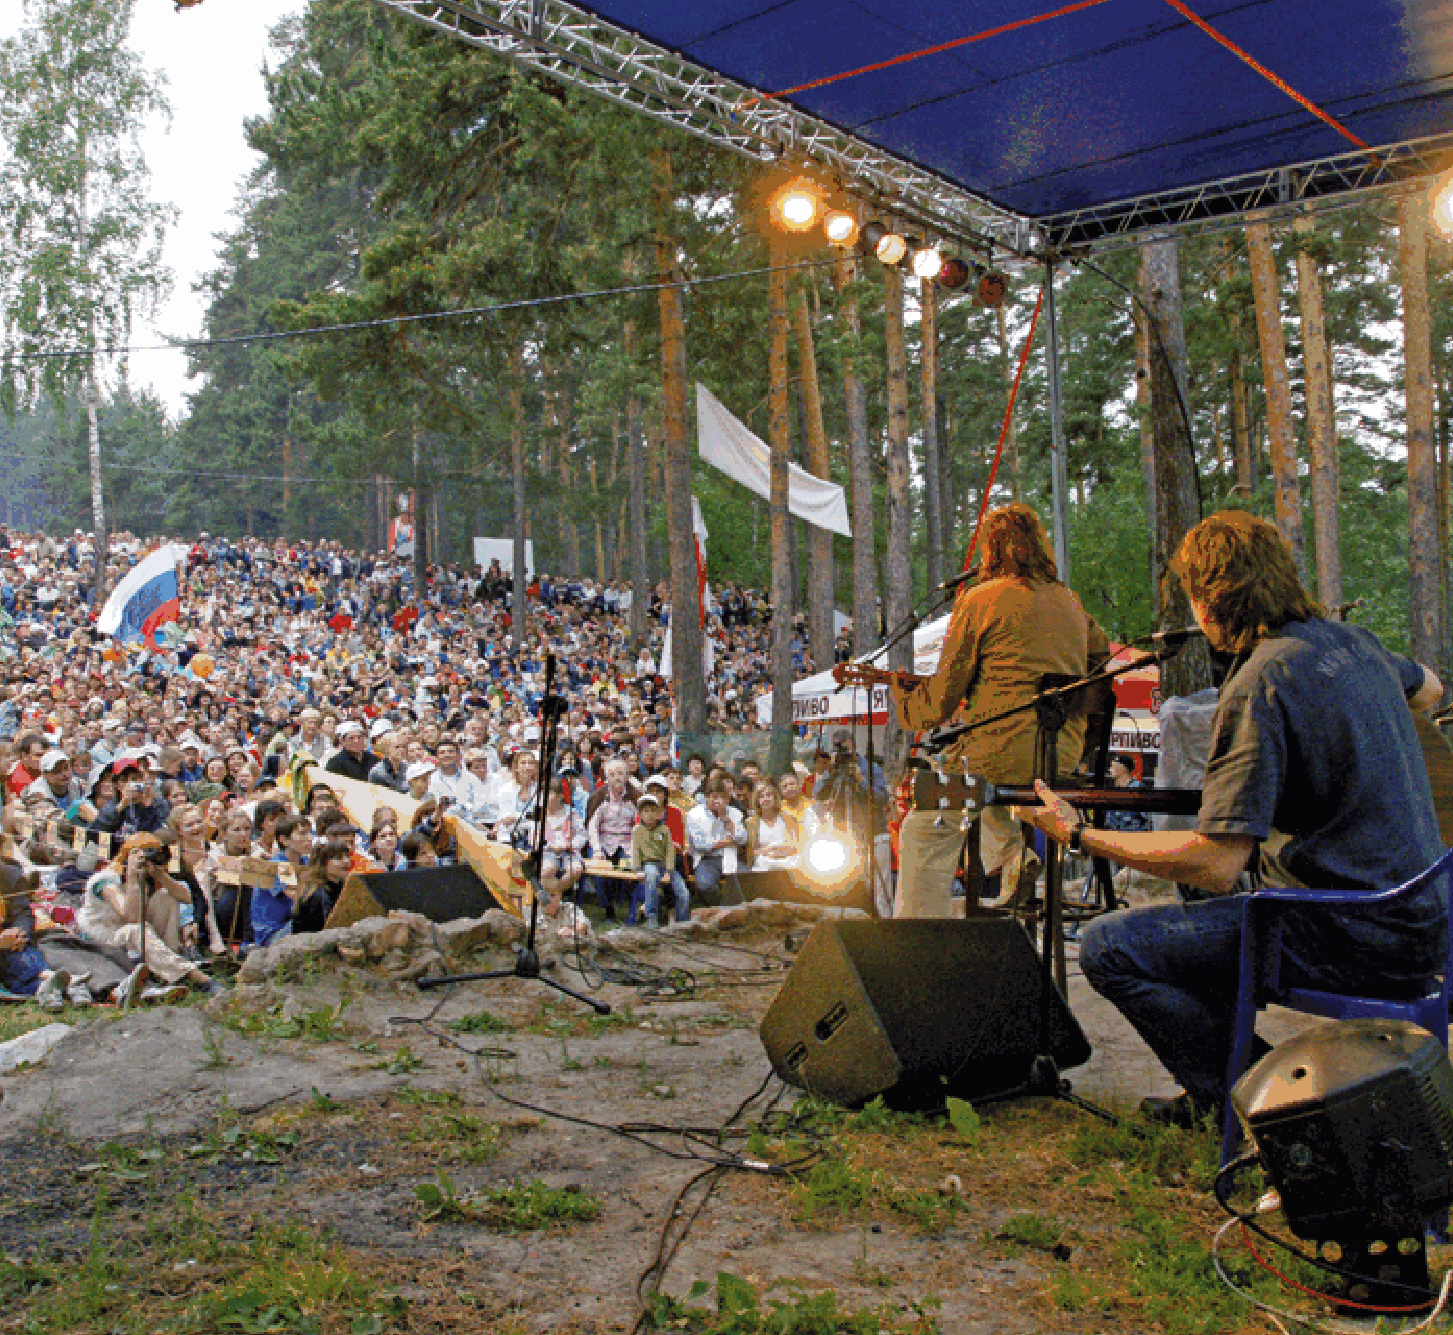
480                                                                                     481